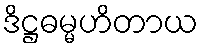
ဒိဋ္ဌဓမ္မဟိတာယ